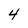
Character: 4